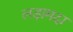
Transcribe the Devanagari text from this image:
लड़ामदा